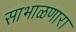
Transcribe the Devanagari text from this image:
साभाळणारा